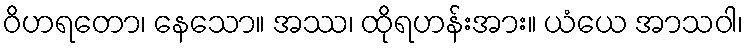
ဝိဟရတော၊ နေသော။ အဿ၊ ထိုရဟန်းအား။ ယံယေ အာသဝါ၊